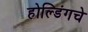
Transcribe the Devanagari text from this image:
होल्डिंगचे